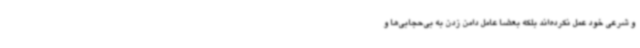
و شرعی خود عمل نکرده‌اند بلکه بعضاً عامل دامن زدن به بی‌حجابی‌ها و